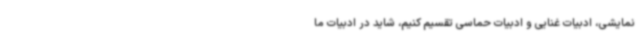
نمایشی، ادبیات غنایی و ادبیات حماسی تقسیم‌ کنیم، شاید در ادبیات ما